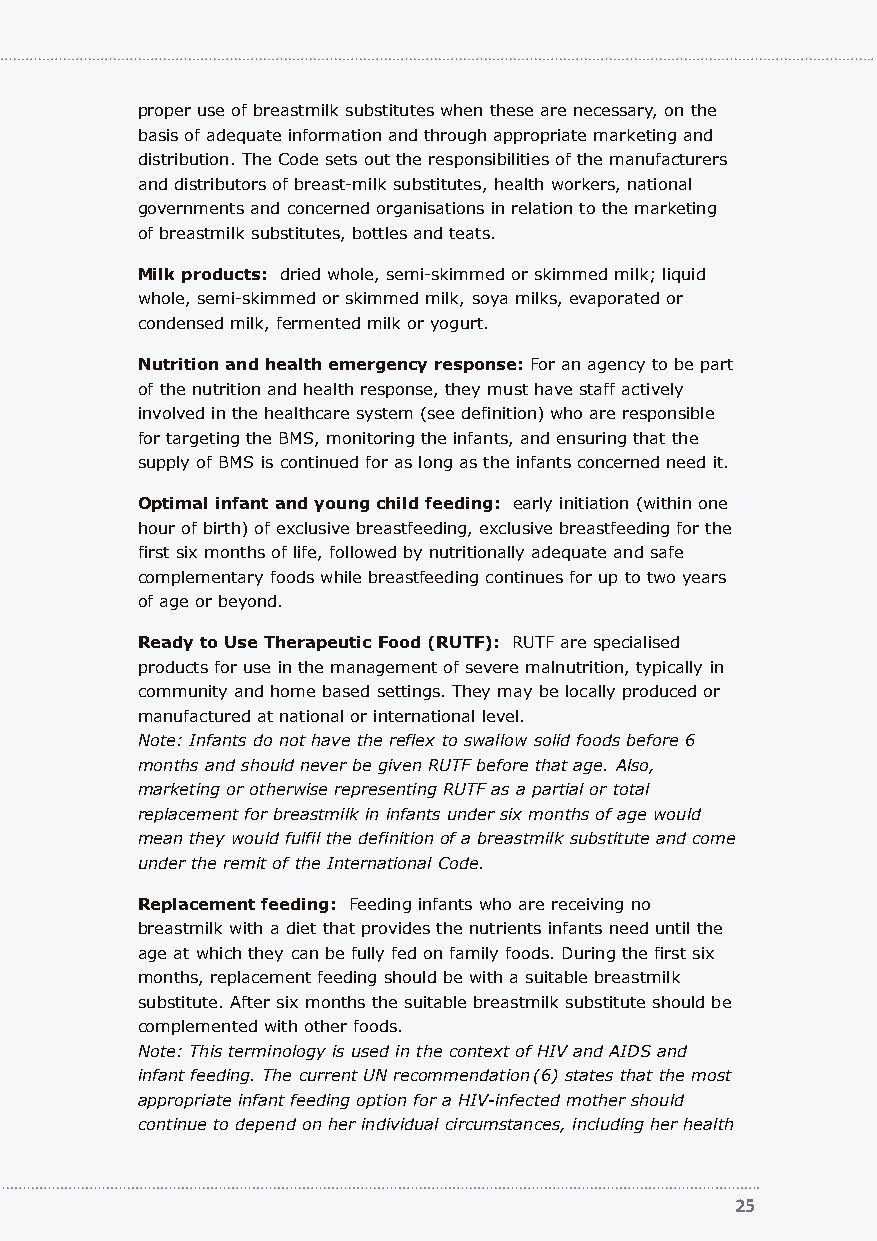
proper use of breastmilk substitutes when these are necessary, on the
 basis of adequate information and through appropriate marketing and
 distribution. The Code sets out the responsibilities of the manufacturers
 and distributors of breast-milk substitutes, health workers, national
 governments and concerned organisations in relation to the marketing
 of breastmilk substitutes, bottles and teats.
 Milk products: dried whole, semi-skimmed or skimmed milk; liquid
 whole, semi-skimmed or skimmed milk, soya milks, evaporated or
 condensed milk, fermented milk or yogurt.
 Nutrition and health emergency response: For an agency to be part
 of the nutrition and health response, they must have staff actively
 involved in the healthcare system (see definition) who are responsible
 for targeting the BMS, monitoring the infants, and ensuring that the
 supply of BMS is continued for as long as the infants concerned need it.
 Optimal infant and young child feeding: early initiation (within one
 hour of birth) of exclusive breastfeeding, exclusive breastfeeding for the
 first six months of life, followed by nutritionally adequate and safe
 complementary foods while breastfeeding continues for up to two years
 of age or beyond.
 Ready to Use Therapeutic Food (RUTF): RUTF are specialised
 products for use in the management of severe malnutrition, typically in
 community and home based settings. They may be locally produced or
 manufactured at national or international level.
 Note: Infants do not have the reflex to swallow solid foods before 6
 months and should never be given RUTF before that age. Also,
 marketing or otherwise representing RUTF as a partial or total
 replacement for breastmilk in infants under six months of age would
 mean they would fulfil the definition of a breastmilk substitute and come
 under the remit of the International Code.
 Replacement feeding: Feeding infants who are receiving no
 breastmilk with a diet that provides the nutrients infants need until the
 age at which they can be fully fed on family foods. During the first six
 months, replacement feeding should be with a suitable breastmilk
 substitute. After six months the suitable breastmilk substitute should be
 complemented with other foods.
 Note: This terminology is used in the context of HIV and AIDS and
 infant feeding. The current UN recommendation(6) states that the most
 appropriate infant feeding option for a HIV-infected mother should
 continue to depend on her individual circumstances, including her health
 25